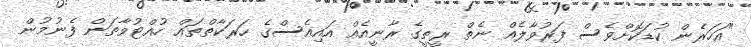
"އަހަރެން ކުޑަކޮށްވެސް ފަރުވާލެއް ނެތް ރީތީގެ ރާނީއެއް އައިއެސްގެ ހަރަކާތްތައް ހުއްޓުވާތަން ފެނުމުން